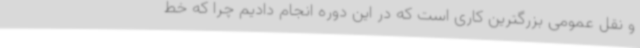
و نقل عمومی بزرگترین کاری است که در این دوره انجام دادیم چرا که خط